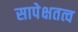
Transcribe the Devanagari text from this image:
सापेक्षतत्व